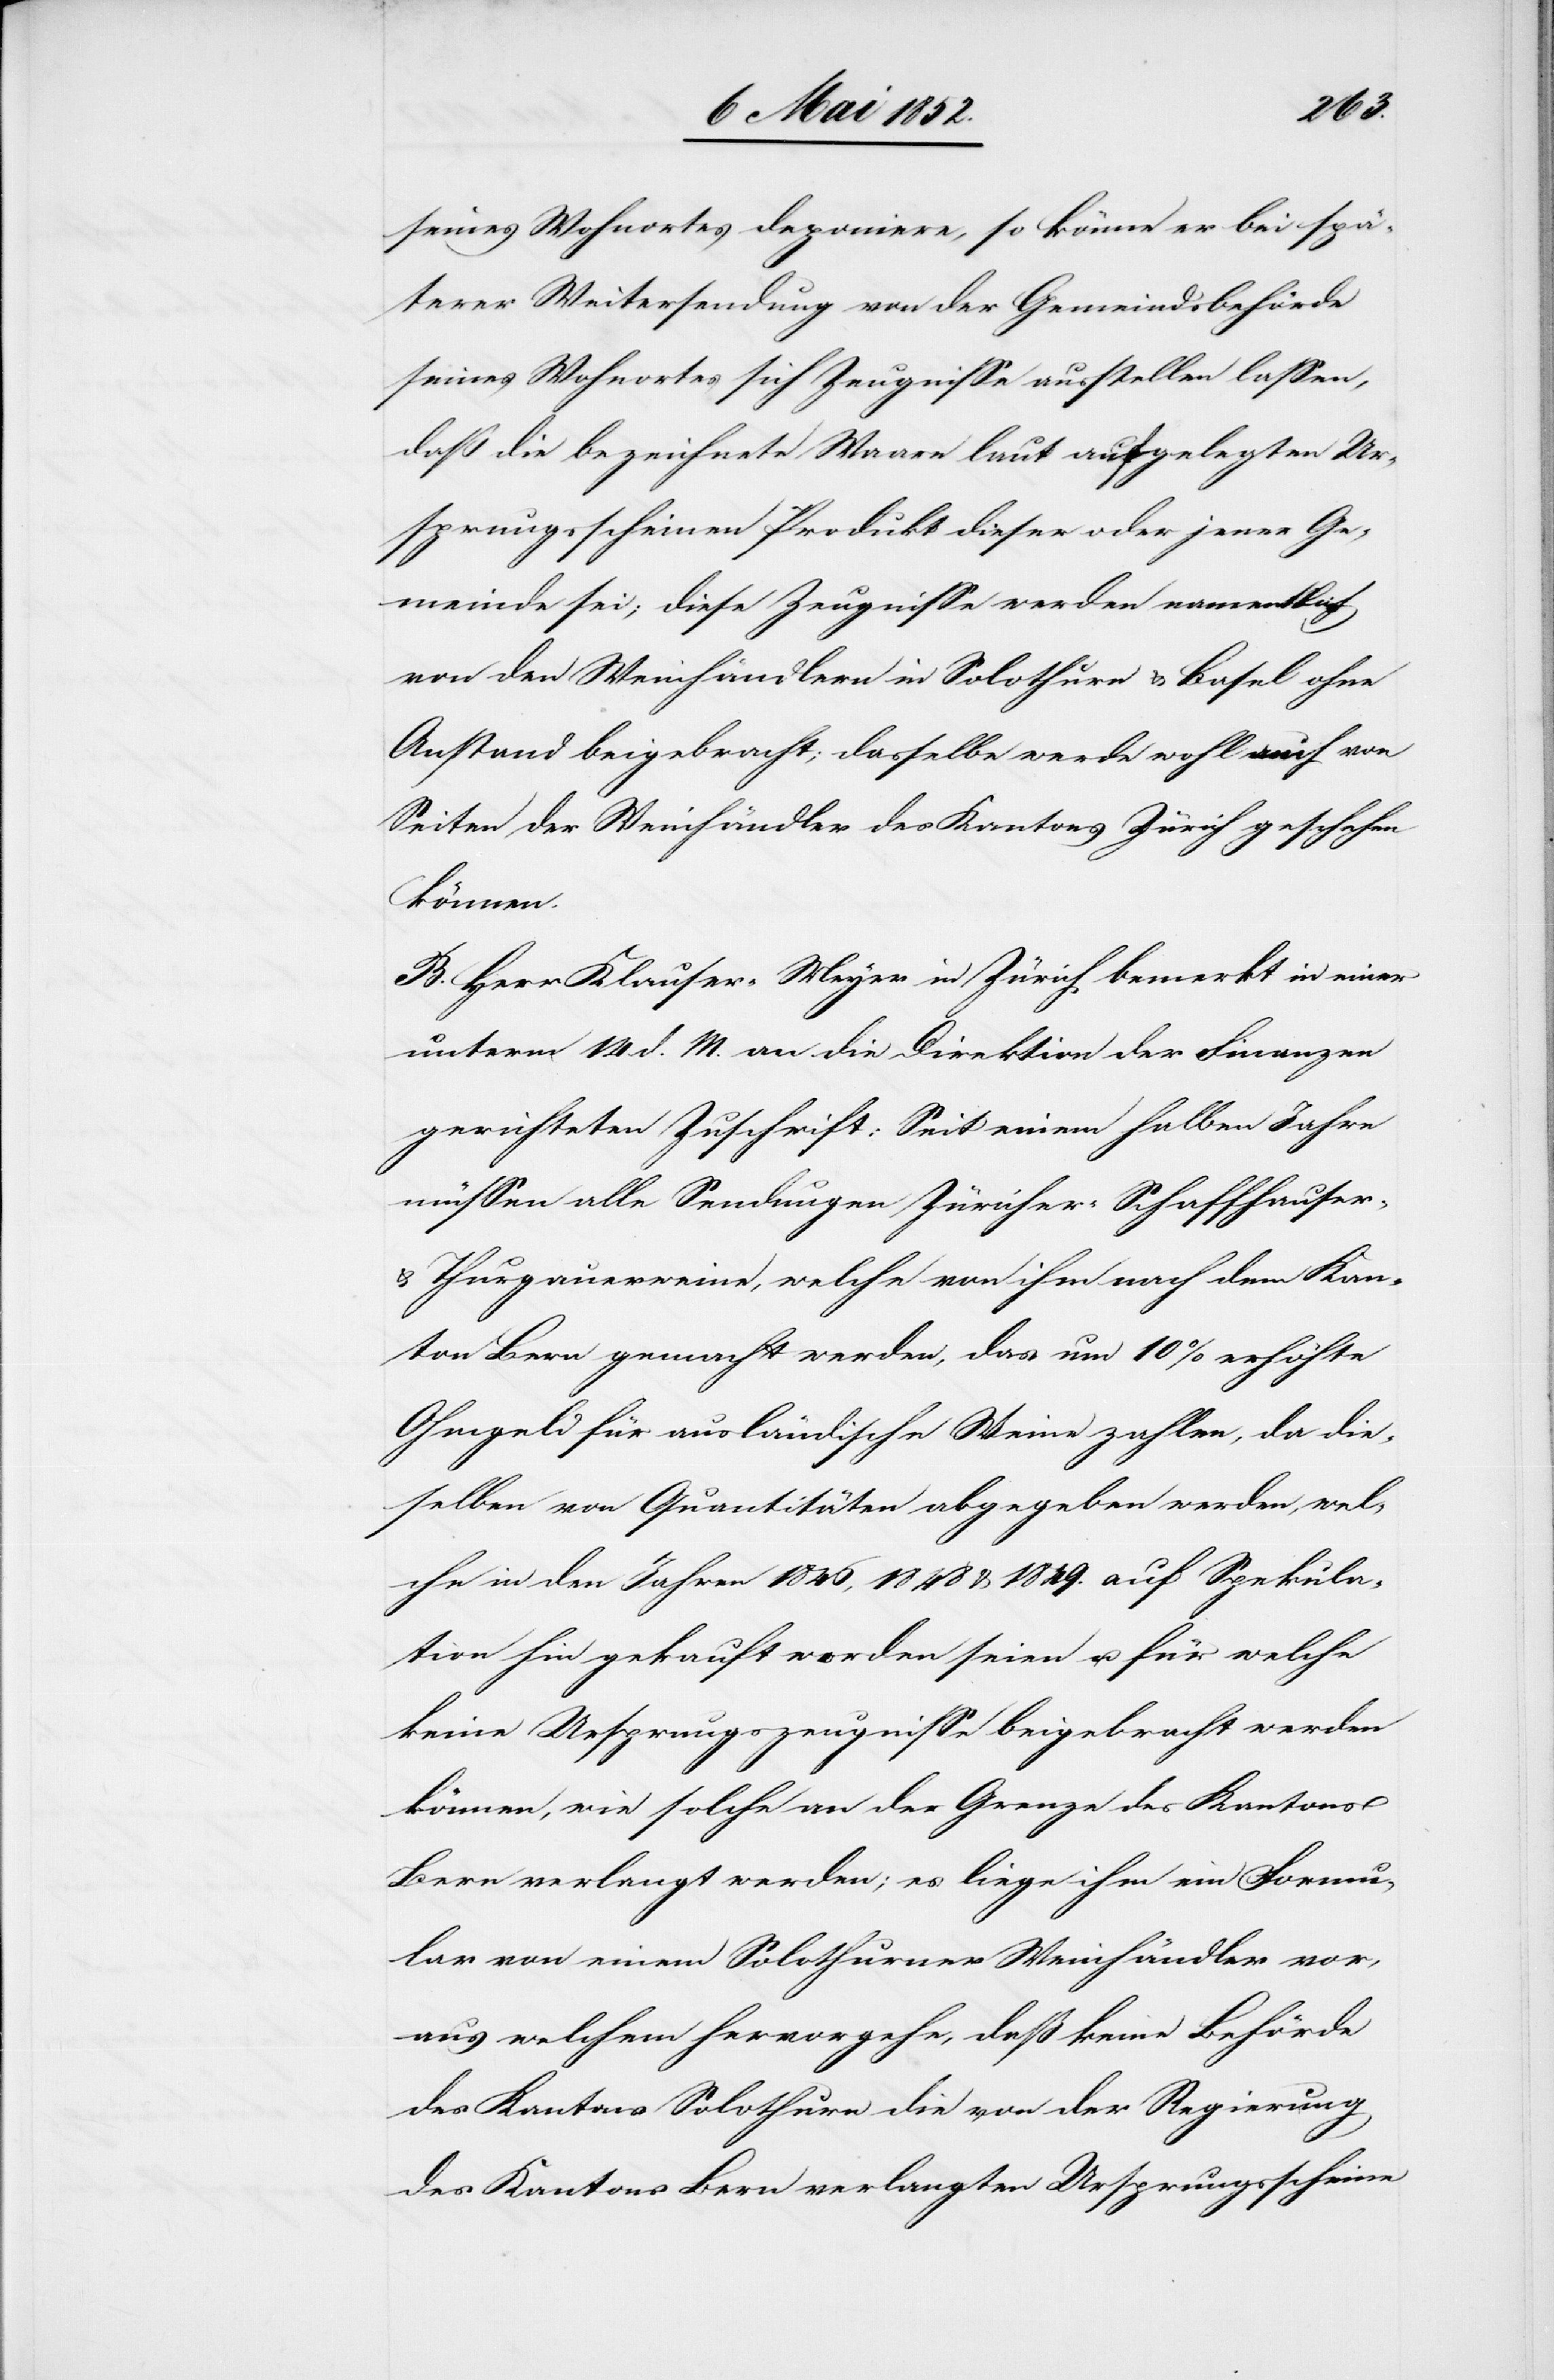
seines Wohnortes deponiere, so könne er bei spä¬
terer Weitersendung von der Gemeindsbehörde
seines Wohnortes sich Zeugnisse ausstellen lassen,
daß die bezeichnete Waare laut aufgelegten Ur¬
sprungsscheinen Produkt dieser oder jener Ge¬
meinde sei; diese Zeugnisse werden namentlich
von den Weinhändlern in Solothurn & Basel ohne
Anstand beigebracht; dasselbe werde wohl auch von
Seiten der Weinhändler des Kantons Zürich geschehen
können.
B. Herr Klauser-Meyer in Zürich bemerkt in einer
unterm 14 d. M. an die Direktion der Finanzen
gerichteten Zuschrift: Seit einem halben Jahre
müssen alle Sendungen Züricher-[,] Schaffhauser-
& Thurgauerweine, welche von ihm nach dem Kan¬
ton Bern gemacht werden, das um 10% erhöhte
Ohmgeld für ausländische Weine zahlen, da die¬
selben von Quantitäten abgegeben werden, wel¬
che in den Jahren 1846, 1848 & 1849. auf Spekula¬
tion hin gekauft worden seien u. für welche
keine Ursprungszeugnisse beigebracht werden
können, wie solche an der Grenze des Kantons
Bern verlangt werden; es liege ihm ein Formu¬
lar von einem Solothurner Weinhändler vor,
aus welchem hervorgehe, daß keine Behörde
des Kantons Solothurn die von der Regierung
des Kantons Bern verlangten Ursprungsscheine